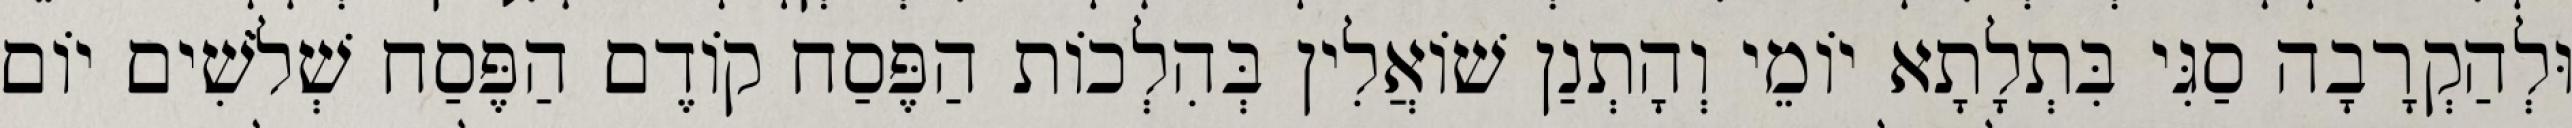
וּלְהַקְרָבָה סַגִּי בִּתְלָתָא יוֹמֵי וְהָתְנַן שׁוֹאֲלִין בְּהִלְכוֹת הַפֶּסַח קוֹדֶם הַפֶּסַח שְׁלֹשִׁים יוֹם